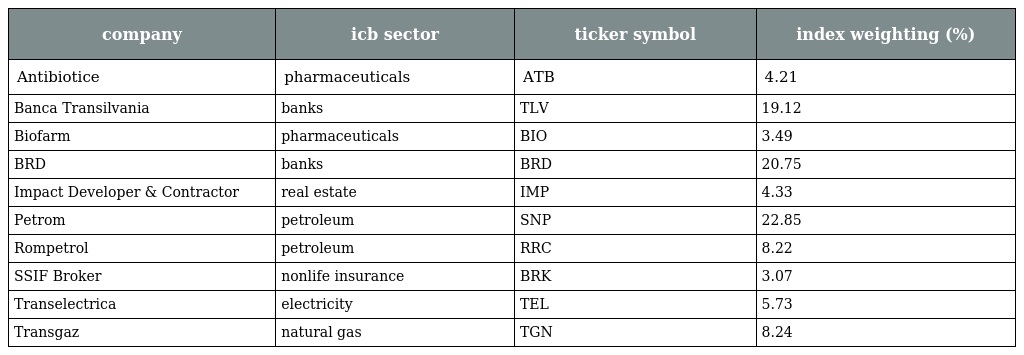
| company | icb sector | ticker symbol | index weighting (%) |
 | --- | --- | --- | --- |
 | Antibiotice | pharmaceuticals | ATB | 4.21 |
 | Banca Transilvania | banks | TLV | 19.12 |
 | Biofarm | pharmaceuticals | BIO | 3.49 |
 | BRD | banks | BRD | 20.75 |
 | Impact Developer & Contractor | real estate | IMP | 4.33 |
 | Petrom | petroleum | SNP | 22.85 |
 | Rompetrol | petroleum | RRC | 8.22 |
 | SSIF Broker | nonlife insurance | BRK | 3.07 |
 | Transelectrica | electricity | TEL | 5.73 |
 | Transgaz | natural gas | TGN | 8.24 |